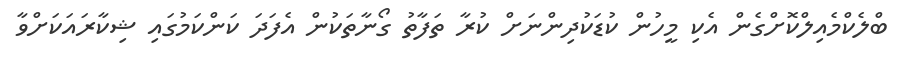
ބްލެކްމެއިލްކޮށްގެން އެކި މީހުން ކުޑަކުދިންނަށް ކުރާ ތަފާތު ގޯނާތަކުން އެފަދަ ކަންކަމުގައި ޝިކާރައަކަށްވާ